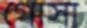
গোসা